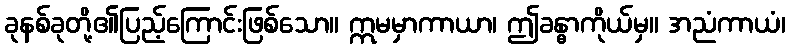
ခုနစ်ခုတို့၏ပြည့်ကြောင်းဖြစ်သော။ ဣမမှာကာယာ၊ ဤခန္ဓာကိုယ်မှ။ အညံကာယံ၊